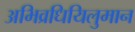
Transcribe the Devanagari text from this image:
अभिव्रधियिलुमान